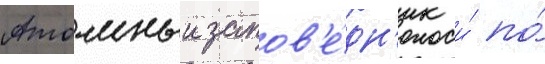
Атомныи запов'е́дн'ик и́ по́